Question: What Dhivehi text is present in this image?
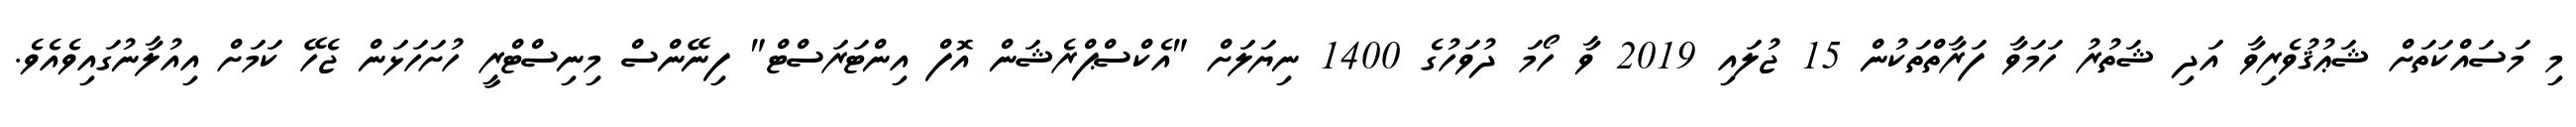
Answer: މި މަސައްކަތަށް ޝަޢުޤުވެރިވާ އަދި ޝަތުރު ހަމަވާ ފަރާތްތަކުން 15 ޖުލައި 2019 ވާ ހޯމަ ދުވަހުގެ 1400 ނިޔަލަށް "އެކްސްޕްރެޝަން އޮފް އިންޓަރަސްޓް" ފިނޭންސް މިނިސްޓްރީ ހުށަހަޅަން ޖެހޭ ކަމަށް އިއުލާނުގައިވެއެވެ.